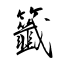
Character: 籤